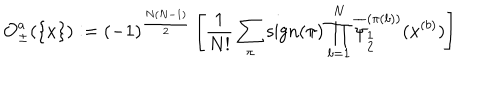
LaTeX: { \cal O } _ { \pm } ^ { a } ( \{ x \} ) : = ( - 1 ) ^ { \frac { N ( N - 1 ) } { 2 } } \left[ \frac { 1 } { N ! } \sum _ { \pi } \mathrm { s i g n } ( \pi ) \prod _ { b = 1 } ^ { N } \overline { { { \psi } } } _ { \stackrel { { \scriptstyle 1 } } { { \scriptstyle 2 } } } ^ { ( \pi ( b ) ) } ( x ^ { ( b ) } ) \right]